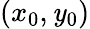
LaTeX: (x_{0},\mathit{y}_{0})